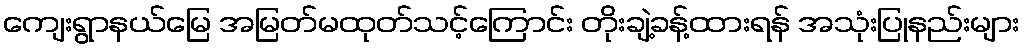
ကျေးရွာနယ်မြေ အမြတ်မထုတ်သင့်ကြောင်း တိုးချဲ့ခန့်ထားရန် အသုံးပြုနည်းများ